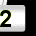
Digit: 2